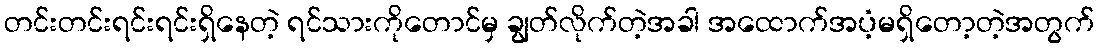
တင်းတင်းရင်းရင်းရှိနေတဲ့ ရင်သားကိုတောင်မှ ချွတ်လိုက်တဲ့အခါ အထောက်အပံ့မရှိတော့တဲ့အတွက်